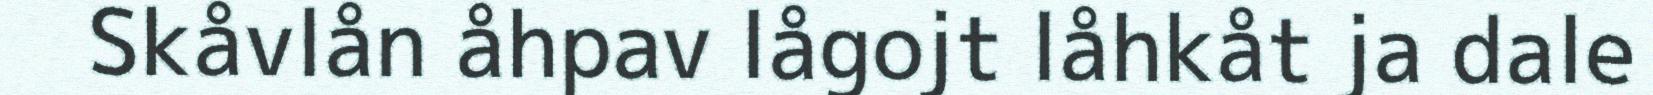
Skåvlån åhpav lågojt låhkåt ja dale